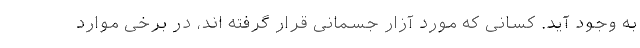
به وجود آید. کسانی که مورد آزار جسمانی قرار گرفته اند، در برخی موارد